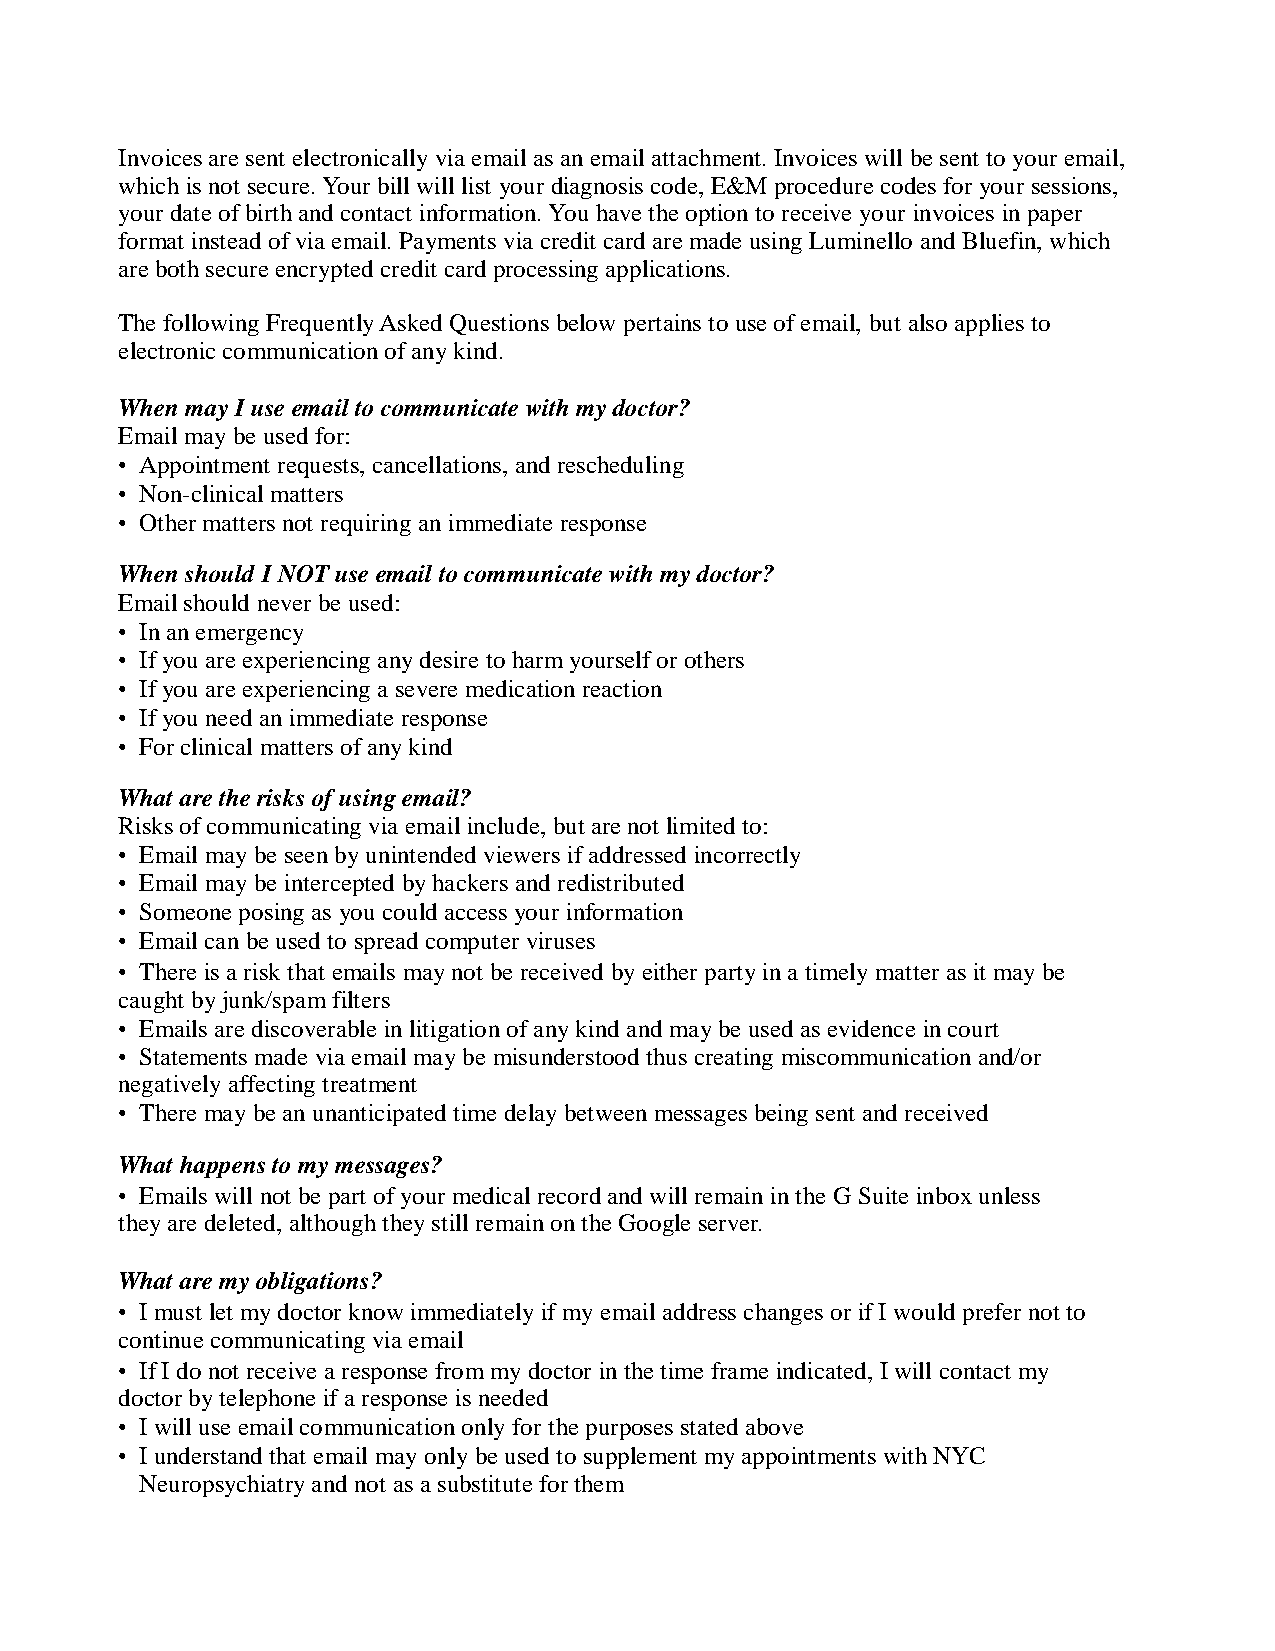
Invoices are sent electronically via email as an email attachment. Invoices will be sent to your email,
 which is not secure. Your bill will list your diagnosis code, E&M procedure codes for your sessions,
 your date of birth and contact information. You have the option to receive your invoices in paper
 format instead of via email. Payments via credit card are made using Luminello and Bluefin, which
 are both secure encrypted credit card processing applications.
 The following Frequently Asked Questions below pertains to use of email, but also applies to
 electronic communication of any kind.
 When may I use email to communicate with my doctor?
 Email may be used for:
 • Appointment requests, cancellations, and rescheduling
 • Non-clinical matters
 • Other matters not requiring an immediate response
 When should I NOT use email to communicate with my doctor?
 Email should never be used:
 • In an emergency
 • If you are experiencing any desire to harm yourself or others
 • If you are experiencing a severe medication reaction
 • If you need an immediate response
 • For clinical matters of any kind
 What are the risks of using email?
 Risks of communicating via email include, but are not limited to:
 • Email may be seen by unintended viewers if addressed incorrectly
 • Email may be intercepted by hackers and redistributed
 • Someone posing as you could access your information
 • Email can be used to spread computer viruses
 • There is a risk that emails may not be received by either party in a timely matter as it may be
 caught by junk/spam filters
 • Emails are discoverable in litigation of any kind and may be used as evidence in court
 • Statements made via email may be misunderstood thus creating miscommunication and/or
 n egatively affecting treatment
 • There may be an unanticipated time delay between messages being sent and received
 What happens to my messages?
 • Emails will not be part of your medical record and will remain in the G Suite inbox unless
 they are deleted, although they still remain on the Google server.
 What are my obligations?
 • I must let my doctor know immediately if my email address changes or if I would prefer not to
 continue communicating via email
 • If I do not receive a response from my doctor in the time frame indicated, I will contact my
 d octor by telephone if a response is needed
 • I will use email communication only for the purposes stated above
 • I understand that email may only be used to supplement my appointments with NYC
 Neuropsychiatry and not as a substitute for them